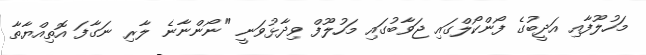
މަހުލޫފާއި އަދީބުގެ ފޯންކޯލްގައި ޖަވާބުގައި މަހުލޫފް ވިދާޅުވަނީ "ނޯންނާނެ ލާރި ނަގާފަ އޮތިއްޔާތާ